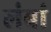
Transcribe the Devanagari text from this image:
लंबां